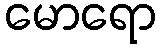
မောရော